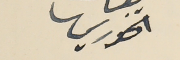
الخوري